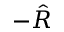
- \hat { R }